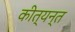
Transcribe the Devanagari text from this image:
कीत्यन्त